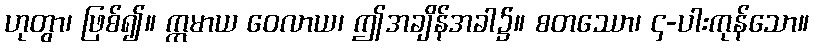
ဟုတွာ၊ ဖြစ်၍။ ဣမာယ ဝေလာယ၊ ဤအချိန်အခါ၌။ စတဿော၊ ၄-ပါးကုန်သော။